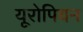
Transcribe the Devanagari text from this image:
यूरोपियन